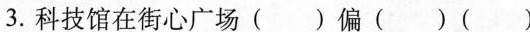
3.科技馆在街心广场( )偏( )( )